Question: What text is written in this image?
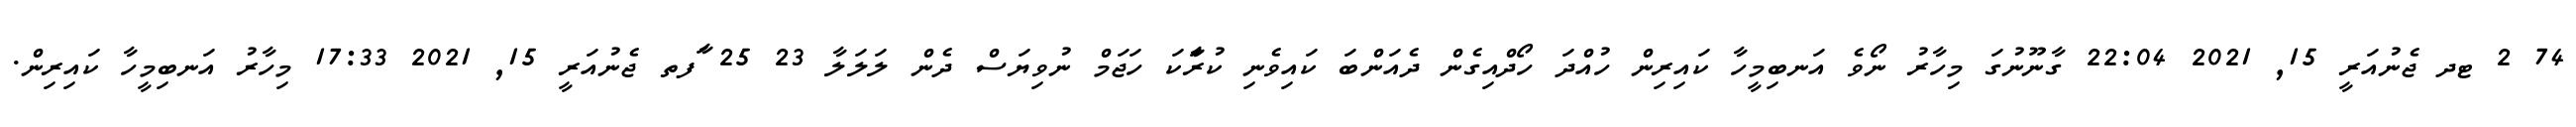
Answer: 74 2 ޓދ ޖެނުއަރީ 15, 2021 22:04 ގާނޫނުގަ މިހާރު ނޯވެ އަނބިމީހާ ކައިރިން ހުއްދަ ހޯދްއިގެން ދެއަންބަ ކައިވެނި ކުރަާކަ ހަޖަމް ނުވިޔަސް ދެން ލަލަލާ 23 25 ާަފތ ޖެނުއަރީ 15, 2021 17:33 މިހާރު އަނބިމީހާ ކައިރިން.